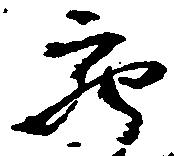
充